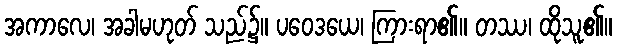
အကာလေ၊ အခါမဟုတ် သည်၌။ ပဝေဒယေ၊ ကြားရာ၏။ တဿ၊ ထိုသူ၏။